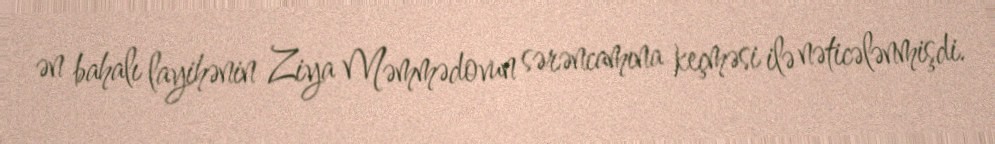
ən bahalı layihənin Ziya Məmmədovun sərəncamına keçməsi ilə nəticələnmişdi.